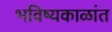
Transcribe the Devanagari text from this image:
भविष्यकाळांत